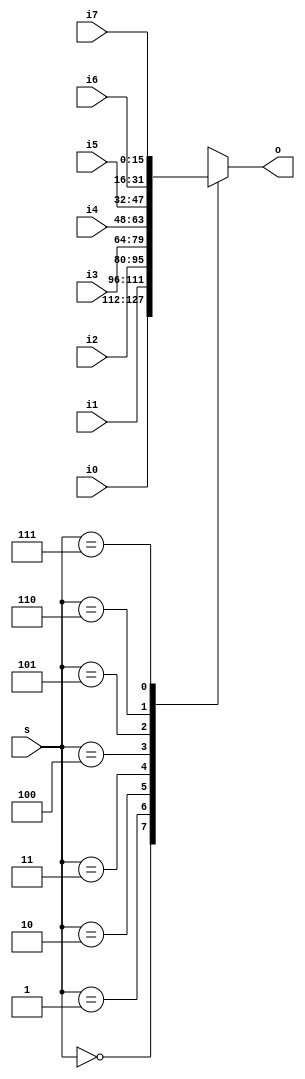
module MUX_8to1
(
    s,
    i0,
    i1,
    i2,
    i3,
    i4,
    i5,
    i6,
    i7,
    o
);
//*****************************************************************************
    // I/O Port Declaration
    input  wire [ 3-1:0] s;   // Select
    input  wire [16-1:0] i0;  // Mux Data 0
    input  wire [16-1:0] i1;  // Mux Data 1
    input  wire [16-1:0] i2;  // Mux Data 2
    input  wire [16-1:0] i3;  // Mux Data 3
    input  wire [16-1:0] i4;  // Mux Data 4
    input  wire [16-1:0] i5;  // Mux Data 5
    input  wire [16-1:0] i6;  // Mux Data 6
    input  wire [16-1:0] i7;  // Mux Data 7
    output reg  [16-1:0] o;   // Mux output
//*****************************************************************************
// Block: MUX select
    always @(*)
    begin
        case (s)
            3'b000:  o = i0;
            3'b001:  o = i1;
            3'b010:  o = i2;
            3'b011:  o = i3;
            3'b100:  o = i4;
            3'b101:  o = i5;
            3'b110:  o = i6;
            3'b111:  o = i7;
            default: o = 16'd0; // None
        endcase 
    end
//*****************************************************************************
endmodule